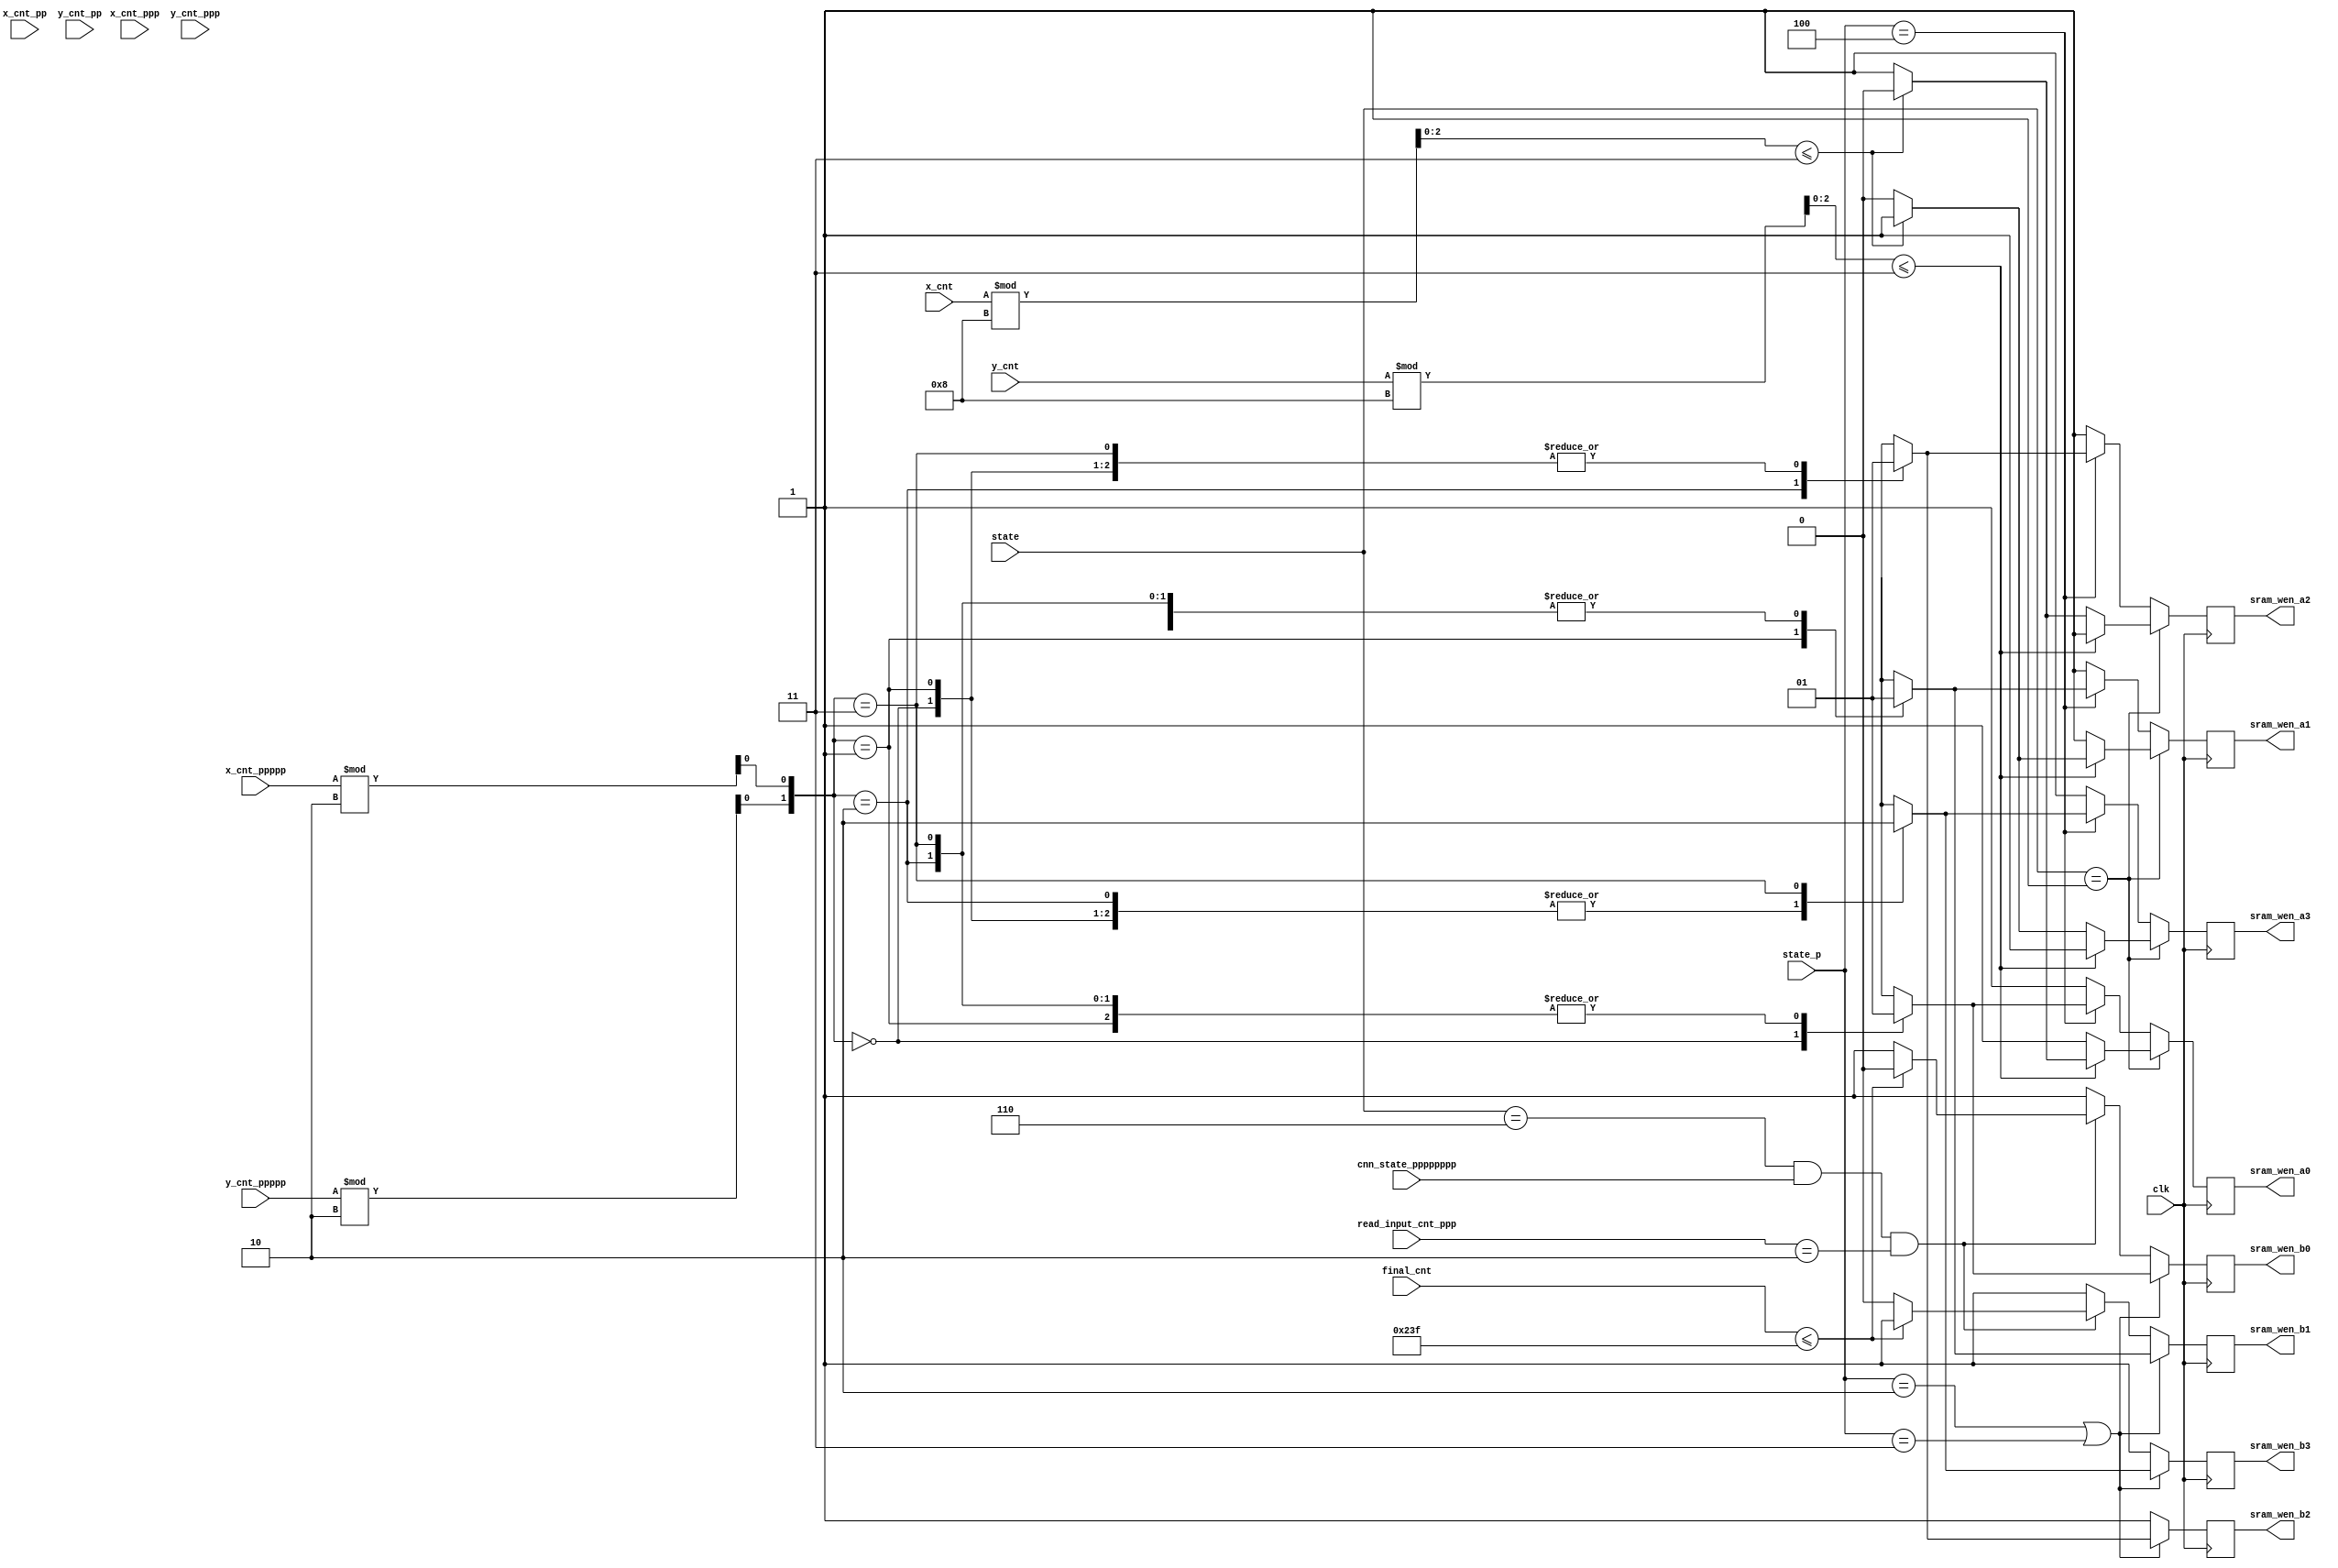
module wen(
	input clk,
	input [4:0] x_cnt,
	input [4:0] y_cnt,
	input [4:0] x_cnt_pp,
	input [4:0] y_cnt_pp,
	input [4:0] x_cnt_ppp,
	input [4:0] y_cnt_ppp,
	input [4:0] x_cnt_ppppp,
	input [4:0] y_cnt_ppppp,
	input [5:0] state,
	input [5:0] state_p,
	input [10:0] final_cnt,
	input cnn_state_pppppppp,
	input [1:0] read_input_cnt_ppp,
	output reg sram_wen_a0,
	output reg sram_wen_a1,
	output reg sram_wen_a2,
	output reg sram_wen_a3,
	output reg sram_wen_b0,
	output reg sram_wen_b1,
	output reg sram_wen_b2,
	output reg sram_wen_b3

);


reg [2:0] y_r8, x_r8;
parameter LAYER1_WIDTH = 14, LAYER1_HEIGHT = 14;
parameter IDLE = 0, UNSHUFFLE = 1, CONV1 = 2, C1_2_C2=3,CONV2 = 4, C2_2_C3 = 5,
	CONV3=6, C3_2_P=7, POOL=8, FINISH = 9;
parameter READ_WEIGHT = 0, DOCNN = 1;

reg x_cnt_ppppp_r2;
reg y_cnt_ppppp_r2;

always @* begin
	x_cnt_ppppp_r2 = x_cnt_ppppp % 2;
	y_cnt_ppppp_r2 = y_cnt_ppppp % 2;
end
always @* begin
	y_r8 = y_cnt % 8;
	x_r8 = x_cnt % 8;
end

always @(posedge clk) begin
	if (state == UNSHUFFLE) begin
		if (y_r8 <= 3) begin
			if (x_r8 <= 3) begin
				sram_wen_a0 <= 0;
				sram_wen_a1	<= 1;
				sram_wen_a2 <= 1;
				sram_wen_a3 <= 1;
			end else begin
				sram_wen_a0 <= 1;
				sram_wen_a1 <= 0;
				sram_wen_a2 <= 1;
				sram_wen_a3 <= 1;
			end
		end else begin
			if (x_r8 <= 3) begin
				sram_wen_a0 <= 1;
				sram_wen_a1 <= 1;
				sram_wen_a2 <= 0;
				sram_wen_a3 <= 1;
			end else begin
				sram_wen_a0 <= 1;
				sram_wen_a1 <= 1;
				sram_wen_a2 <= 1;
				sram_wen_a3 <= 0;
			end
		end
	end
	else if (state_p == CONV2) begin
		case({y_cnt_ppppp_r2, x_cnt_ppppp_r2})
			2'b00:begin
				sram_wen_a0 <= 0;
				sram_wen_a1 <= 1;
				sram_wen_a2 <= 1;
				sram_wen_a3 <= 1;
			end
			2'b01:begin
				sram_wen_a0 <= 1;
				sram_wen_a1 <= 0;
				sram_wen_a2 <= 1;
				sram_wen_a3 <= 1;
			end
			2'b10:begin
				sram_wen_a0 <= 1;
				sram_wen_a1 <= 1;
				sram_wen_a2 <= 0;
				sram_wen_a3 <= 1;
			end
			2'b11:begin
				sram_wen_a0 <= 1;
				sram_wen_a1 <= 1;
				sram_wen_a2 <= 1;
				sram_wen_a3 <= 0;
			end
		endcase		
	end
	else begin
		sram_wen_a0 <= 1;
		sram_wen_a1 <= 1;
		sram_wen_a2 <= 1;
		sram_wen_a3 <= 1;
	end
end



always @(posedge clk) begin
	if(state_p == CONV1 || state_p == C1_2_C2) begin
		case({y_cnt_ppppp_r2, x_cnt_ppppp_r2})
			2'b00:begin
				sram_wen_b0 <= 0;
				sram_wen_b1 <= 1;
				sram_wen_b2 <= 1;
				sram_wen_b3 <= 1;
			end
			2'b01:begin
				sram_wen_b0 <= 1;
				sram_wen_b1 <= 0;
				sram_wen_b2 <= 1;
				sram_wen_b3 <= 1;
			end
			2'b10:begin
				sram_wen_b0 <= 1;
				sram_wen_b1 <= 1;
				sram_wen_b2 <= 0;
				sram_wen_b3 <= 1;
			end
			2'b11:begin
				sram_wen_b0 <= 1;
				sram_wen_b1 <= 1;
				sram_wen_b2 <= 1;
				sram_wen_b3 <= 0;
			end
		endcase
	end
	else if (state == CONV3 && cnn_state_pppppppp == DOCNN && read_input_cnt_ppp == 2) begin
		if (final_cnt <= 575) begin
				sram_wen_b0 <= 0;
				sram_wen_b1 <= 1;
				sram_wen_b2 <= 1;
				sram_wen_b3 <= 1;
		end
		else begin
				sram_wen_b0 <= 1;
				sram_wen_b1 <= 0;
				sram_wen_b2 <= 1;
				sram_wen_b3 <= 1;
		end
	end
	else begin
				sram_wen_b0 <= 1;
				sram_wen_b1 <= 1;
				sram_wen_b2 <= 1;
				sram_wen_b3 <= 1;
	end
end

endmodule